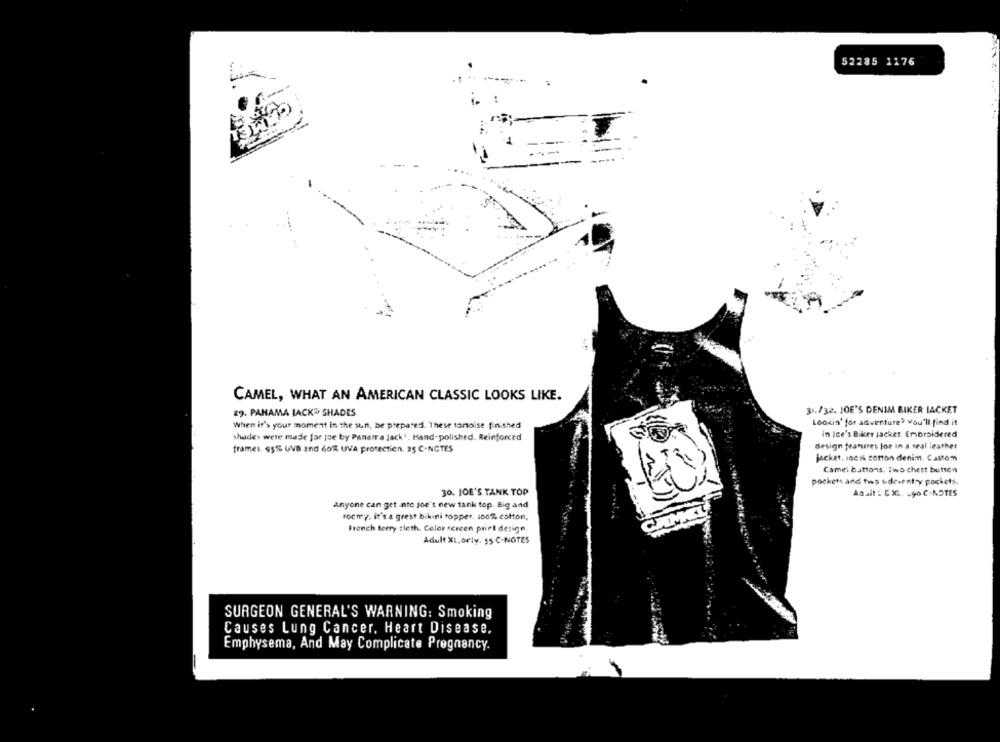
52285 1176
CAMEL, WHAT AN AMERICAN CLASSIC LOOKS LIKE.
29. PANAMA LACKD SHADES
31./32. JOE'S DENIM BIKER JACKET
Lookin' for adventure> you'll find it
When it's your moment in the sun, be prepared. These tonoise finished
shades were made for joe by Panama Jack". Hand-polished. Reinforced
in Ice's Biker jacket. Embroidered
design features lor in a real leather
frames. 95% UVB and 60% UVA protection. 25 C-NCTES
jacket. ioes serton denim. Cattomm
Came: battons. Two chest button
pockets and tws side-r ntry pockets,
30. JOE'S TANK TOP
Asalt : & XL. 490 C-NOTES
Anyone can get into joe's new tank top. Big and
rocmy. it's a grest bikini ropper, 100% cotton,
French ferry tleth. Color screen print design.
Adult XL,orly. 55 ℃-NOTES
SURGEON GENERAL'S WARNING: Smoking
Causes Lung Cancer, Heart Disease.
Emphysema, And May Complicate Pregnancy.